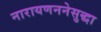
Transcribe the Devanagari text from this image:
नारायणननेसुद्धा